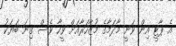
އެ ޕާޓީ އިން ވަނީ މާދަމާގެ މުޒާހަރާއަށް ވީހާ ވެސް ގިނަ ބަޔަކު